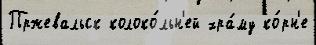
Пржевальск колоко́льн'ей хра́му ко́рн'е